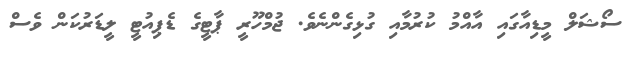
ސޯޝަލް މީޑިއާގައި އާއްމު ކުރުމާއި ގުޅިގެންނެވެ. ޖުމްހޫރީ ޕާޓީގެ ޑެޕިއުޓީ ލީޑަރުކަން ވެސް